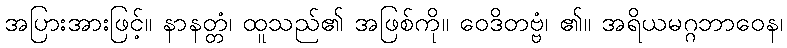
အပြားအားဖြင့်။ နာနတ္တံ၊ ထူသည်၏ အဖြစ်ကို။ ဝေဒိတဗ္ဗံ၊ ၏။ အရိယမဂ္ဂဘာဝေန၊